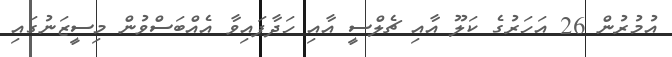
އުމުރުން 26 އަހަރުގެ ކަލޫ އާއި ޗެލްސީ އާއި ހަދާފައިވާ އެއްބަސްވުން މިސީޒަނުގައި